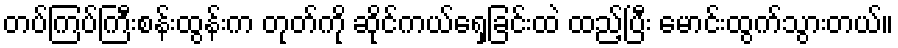
တပ်ကြပ်ကြီးစန်းထွန်းက တုတ်ကို ဆိုင်ကယ်ရှေ့ခြင်းထဲ ထည့်ပြီး မောင်းထွက်သွားတယ်။